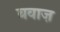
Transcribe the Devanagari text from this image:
बवाज़